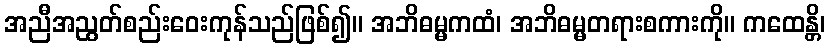
အညီအညွတ်စည်းဝေးကုန်သည်ဖြစ်၍။ အဘိဓမ္မကထံ၊ အဘိဓမ္မတရားစကားကို။ ကထေန္တိ၊